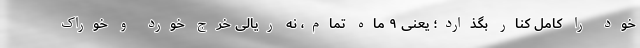
خود را کامل کنار بگذارد؛ یعنی ۹ ماهِ تمام، نه ریالی خرج خورد و خوراک